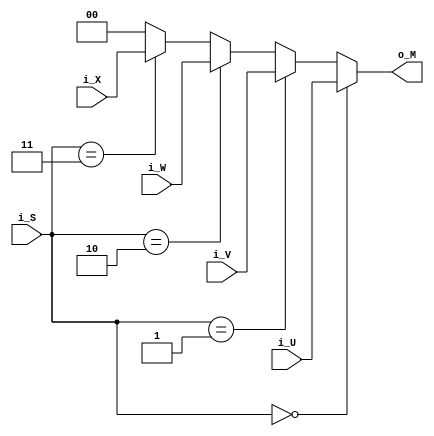
`timescale 1ns / 1ps


module mux(i_U, i_V, i_W, i_X, i_S, o_M );

    input   [1:0]   i_U;
    input   [1:0]   i_V;
    input   [1:0]   i_W;
    input   [1:0]   i_X;
    input   [1:0]   i_S;
    output  [1:0]   o_M; 
   
    assign  o_M  =  ( i_S == 2'b00) ? i_U  :
                    ( i_S == 2'b01) ? i_V  :
                    ( i_S == 2'b10) ? i_W  :
                    ( i_S == 2'b11) ? i_X  :
                    2'b00;
endmodule